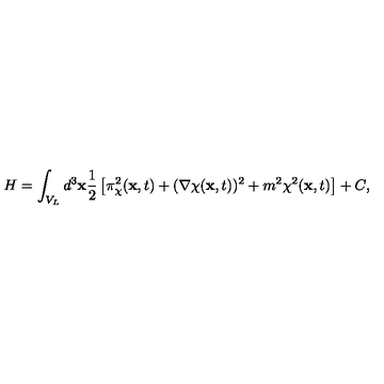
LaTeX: H = \int _ { V _ { L } } d ^ { 3 } { \bf x } \frac { 1 } { 2 } \left[ \pi _ { \chi } ^ { 2 } ( { \bf x } , t ) + ( { \bf \nabla } \chi ( { \bf x } , t ) ) ^ { 2 } + m ^ { 2 } \chi ^ { 2 } ( { \bf x } , t ) \right] + C ,